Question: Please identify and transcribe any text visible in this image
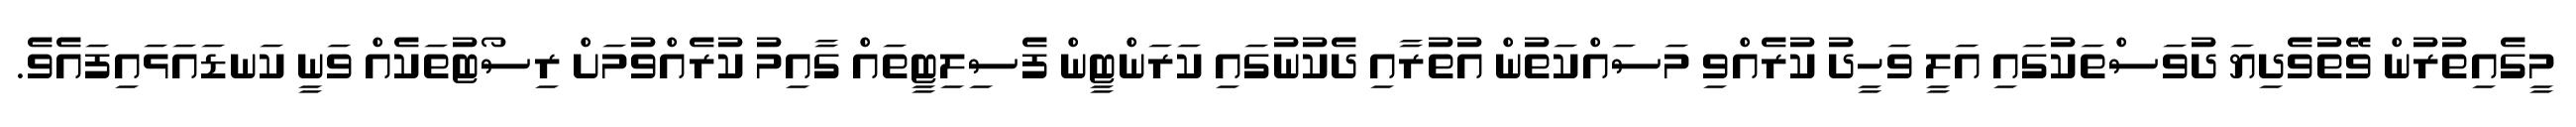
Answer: މީގެއިތުރުން ވޭތުވެދިޔަ ދުވަސްތަކުގައި އަލީ ވަހީދު ކުރެއްވި މަސައްކަތުން އުތުރާއި ދެކުނުގައި ކަރަންޓީން ފެސިލިޓީތައް ގާއިމު ކުރެއްވުމަށް ރިސޯޓުތަކެއް ވަނީ ކަނޑައަޅައިފައެވެ.